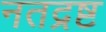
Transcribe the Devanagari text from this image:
नतद्रष्ट